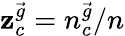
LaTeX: \mathbf{z}_{c}^{\vec{{g}}}=n_{c}^{\vec{{g}}}/n